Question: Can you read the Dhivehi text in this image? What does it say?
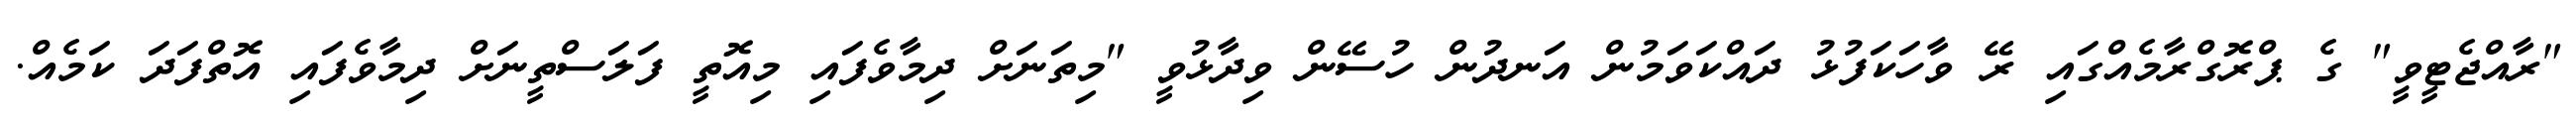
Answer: "ރާއްޖެޓީވީ" ގެ ޕްރޮގްރާމެއްގައި ރޭ ވާހަކަފުޅު ދައްކަވަމުން އަނދުން ހުސޭން ވިދާޅުވީ "މިތަނަށް ދިމާވެފައި މިއޮތީ ފަލަސްތީނަށް ދިމާވެފައި އޮތްފަދަ ކަމެއް.